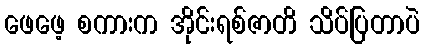
ဖေဖေ့ စကားက အိုင်းရစ်ဇာတိ သိပ်ပြတာပဲ